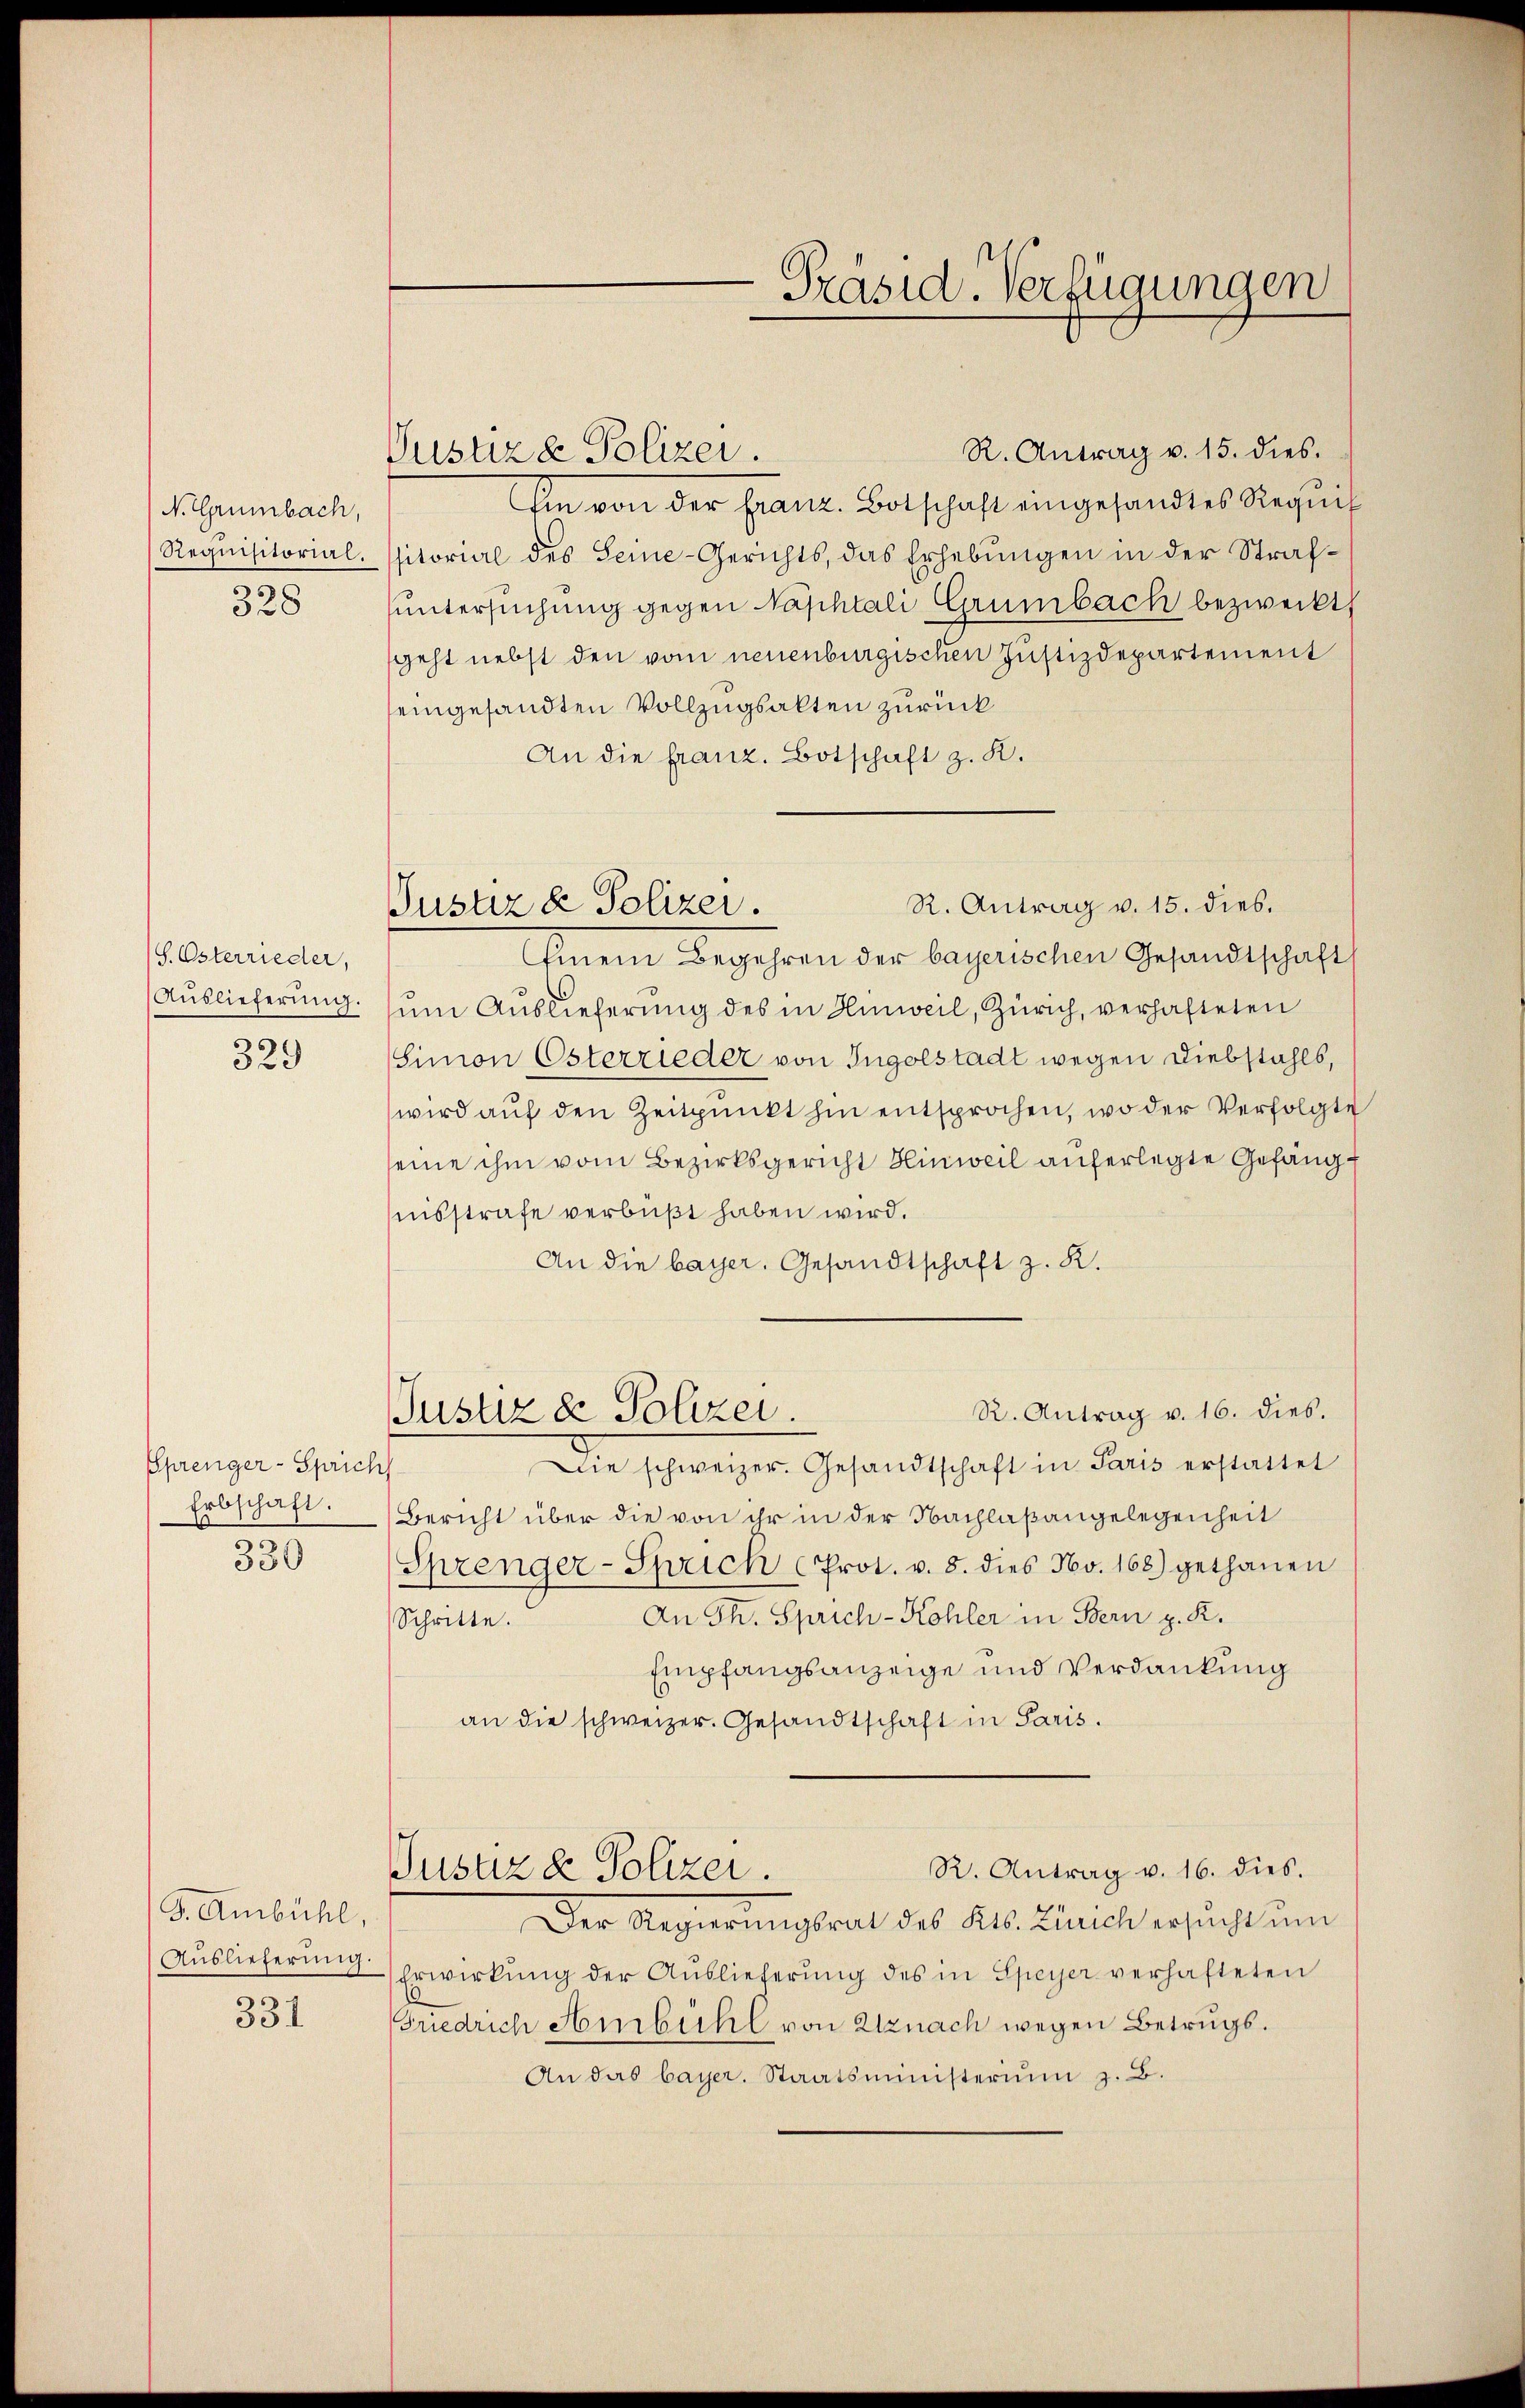
N. Grünbach,
Requisitorial.
328

(S. Osterrieder,
Auslieferung.
329

Sprenger-Sprich
330

F. Ambühl,
Auslieferung.
331

Vustiz & Polizei.

Präsid. Verfügungen

R. Antrag v. 15. dies.
Justiz & Polizei.

R. Antrag v. 15. dies.
Ein von der Franz. Botschaft eingesandtes Requis
sitorial des Seine-Gerichts, das Erhebungen in der Strafuntersuchung gegen Naphtali Grünbach bezweckt,
geht nebst den vom neuenburgischen Justizdepartement
seingesandten Vollzugsakten zurück
An die franz. Botschaft z. K.
Einem Begehren der bayerischen Gesandtschaft
um Auslieferung des in Hinweil, Zürich, verhafteten
Simon Osterrieder von Ingolstadt wegen Diebstahls,
wird aŭf den Zeitpunkt hin entsprochen, wo der Verfolgte
seine ihm vom Bezirksgericht Hinweil auferlegte Gefängnisstrafe verbüßt haben wird.
An die bayer. Gesandtschaft z. R.
R. Antrag v. 16. dies.
Justiz & Polizei.
Die schweizer. Gesandtschaft in Paris erstattet
Erbschaft. Bericht über die von ihr in der Nachlaßangelegenheit
Sprenger-Sprich (Prot. v. 8. dies No. 168) gethanen
An Th. Sprich-Kohler in Bern p. K.
Schritte.
Empfangsanzeige und Verdankung
an die schweizer. Gesandtschaft in Paris.
R. Antrag v. 16. dies.
Justiz & Polizei.
Der Regierungsrat des Kts. Zürich ersucht um
Erwirkung der Auslieferung des in Speyer verhafteten
Friedrich Ambühl von Uznach wegen Betrugs.
An das bayer. Staatsministerium z. B.